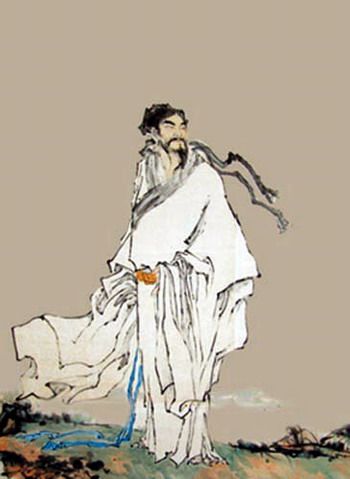
九州生气恃风雷，万马齐喑究可哀。